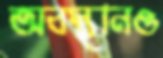
অবস্থানও